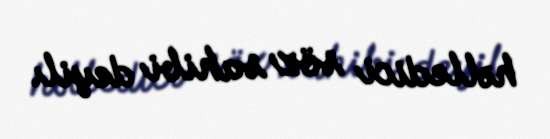
həlledici söz sahibi deyil.